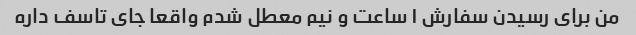
من برای رسیدن سفارش ۱ ساعت و نیم معطل شدم واقعا جای تاسف داره